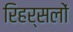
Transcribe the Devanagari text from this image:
रिहर्सलों